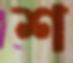
শ